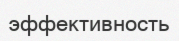
эффективность